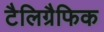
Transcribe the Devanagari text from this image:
टैलिग्रैफिक